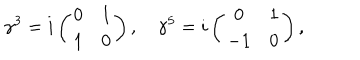
\gamma ^ { 3 } = i \left( \begin{array} { c c } { { 0 } } & { { 1 } } \\ { { 1 } } & { { 0 } } \\ \end{array} \right) , \quad \gamma ^ { 5 } = i \left( \begin{array} { c c } { { 0 } } & { { 1 } } \\ { { - 1 } } & { { 0 } } \\ \end{array} \right) ,